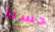
حسنا